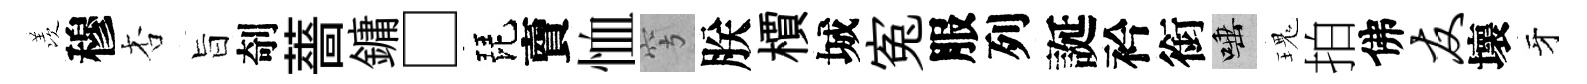
羡穆杏旨剞薔鏞□琵𧶠恤穹朕檟城寃服列誕衿銜唾瑰拍佛友壞牙